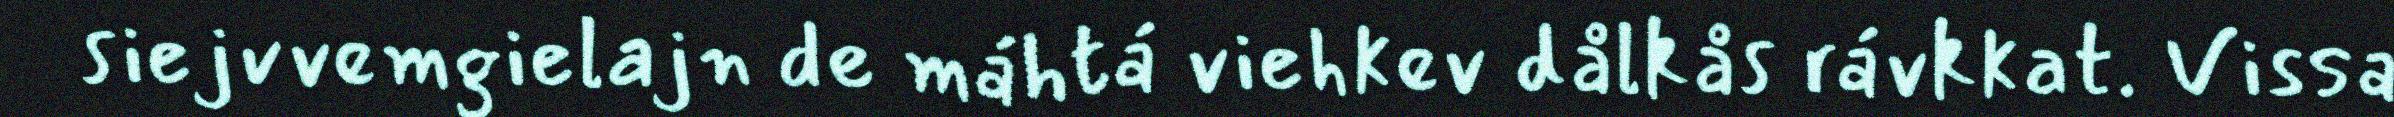
siejvvemgielajn de máhtá viehkev dålkås rávkkat. Vissa